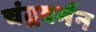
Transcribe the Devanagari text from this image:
चंद्रवर्मन